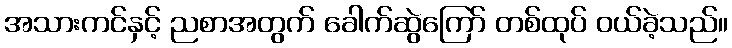
အသားကင်နှင့် ညစာအတွက် ခေါက်ဆွဲကြော် တစ်ထုပ် ဝယ်ခဲ့သည်။